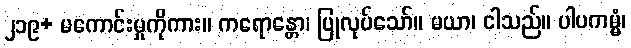
၂၁၉+ မကောင်းမှုကိုကား။ ကရောန္တော၊ ပြုလုပ်သော်။ မယာ၊ ငါသည်။ ပါပကမ္မံ၊